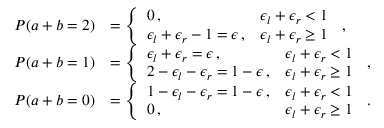
\begin{array} { r l } { P ( a + b = 2 ) } & { = \left\{ \begin{array} { l l } { 0 \, , } & { \epsilon _ { l } + \epsilon _ { r } < 1 } \\ { \epsilon _ { l } + \epsilon _ { r } - 1 = \epsilon \, , } & { \epsilon _ { l } + \epsilon _ { r } \geq 1 } \end{array} \right. \, , } \\ { P ( a + b = 1 ) } & { = \left\{ \begin{array} { l l } { \epsilon _ { l } + \epsilon _ { r } = \epsilon \, , } & { \epsilon _ { l } + \epsilon _ { r } < 1 } \\ { 2 - \epsilon _ { l } - \epsilon _ { r } = 1 - \epsilon \, , } & { \epsilon _ { l } + \epsilon _ { r } \geq 1 } \end{array} \right. \, , } \\ { P ( a + b = 0 ) } & { = \left\{ \begin{array} { l l } { 1 - \epsilon _ { l } - \epsilon _ { r } = 1 - \epsilon \, , } & { \epsilon _ { l } + \epsilon _ { r } < 1 } \\ { 0 \, , } & { \epsilon _ { l } + \epsilon _ { r } \geq 1 } \end{array} \right. \, . } \end{array}